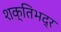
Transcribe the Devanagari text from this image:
शक्तिभद्र